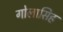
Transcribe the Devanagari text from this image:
गोलासिह